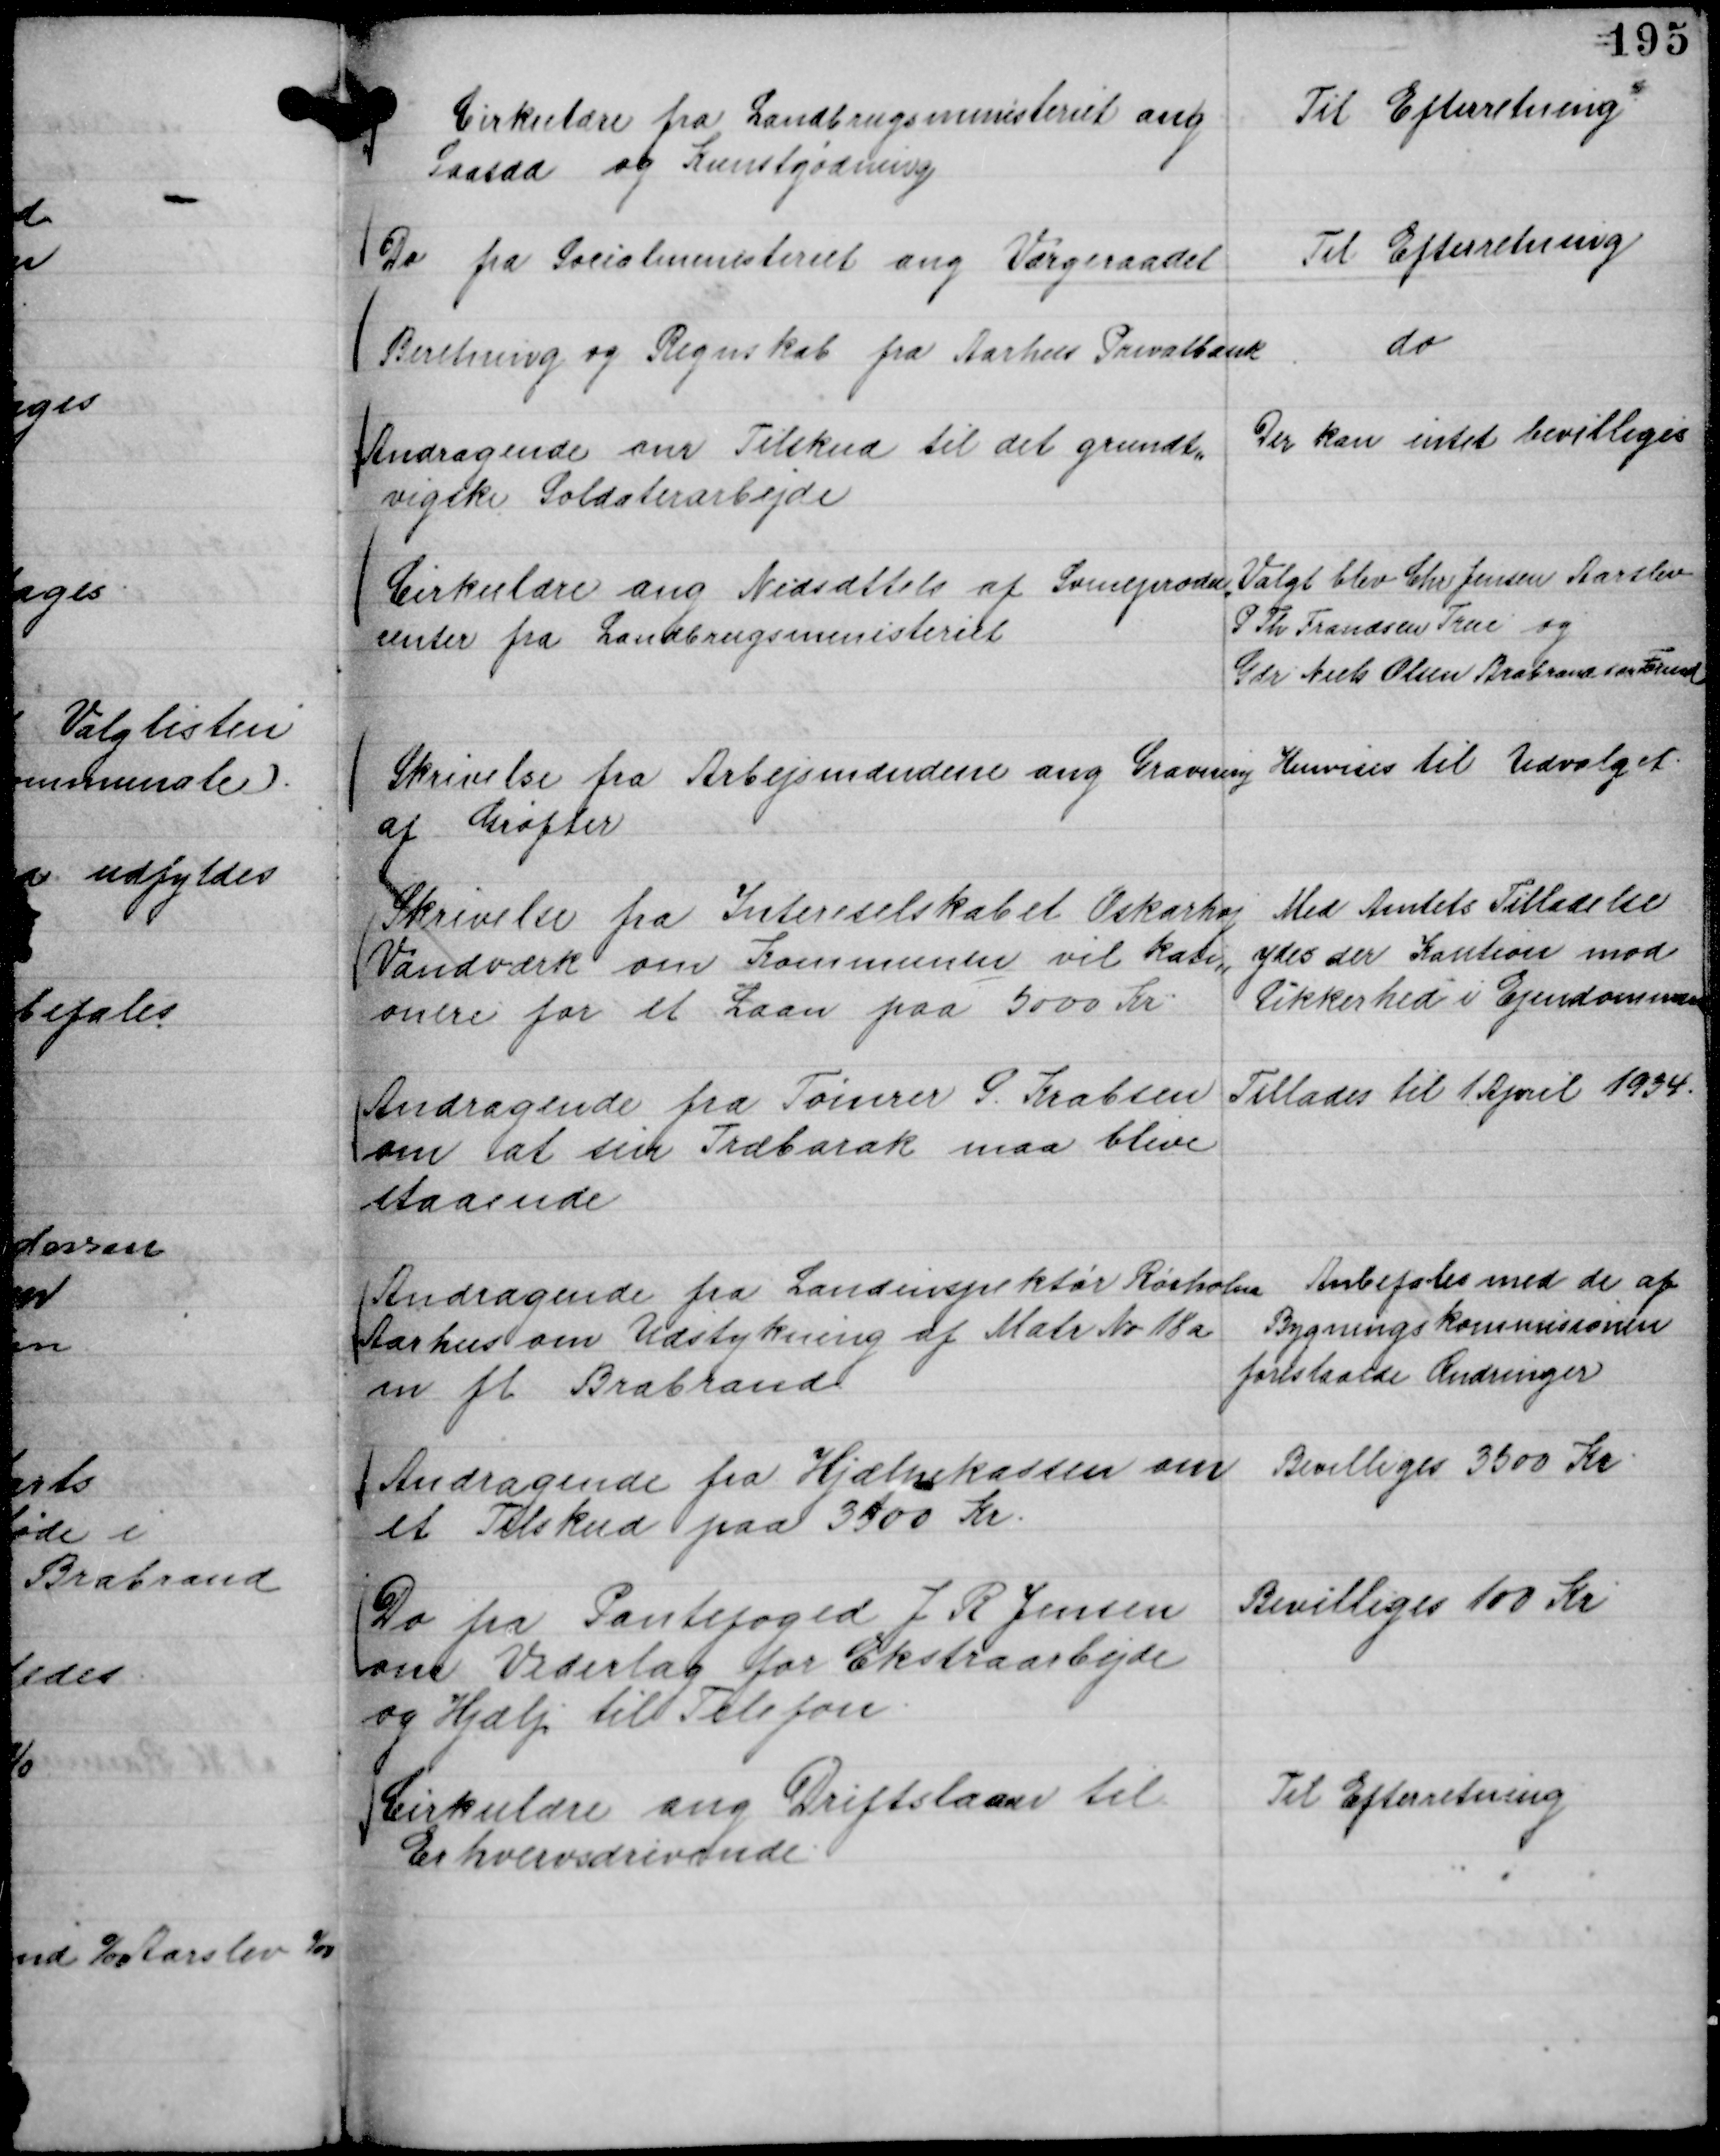
Transskription:
Cirkulære fra Landbrugsministeriet ang
Saasæd og Kunstgødning

Til Efterretning

Do fra Socialministeriet ang Værgeraadet

Til Efterretning

Beretning og Regnskab fra Aarhus Privatbank

do

Andragende om Tilskud til det grundt,,
vigske Soldaterarbejde

Der kan intet bevilliges

Cirkulære ang Nedsættelse af Svineprodu,,
center fra Landbrugsministeriet

Valgt blev Chr Jensen Aarslev
P Th Frandsen True og
Gdr Niels Olsen Brabrand som Forud

Skrivelse fra Arbejsmændene ang Gravning
af Grøfter

Henvises til Udvalget.

Skrivelse fra Intereselskabet Oskarhøj
Vandværk om Kommunen vil kasi,,
onere for et Laan paa 5000 Kr.

Med Amtets Tilladelse
ydes der Kaution mod
Sikkerhed i Ejendommen

Andragende fra Tømrer S. Krabsen
om at sin Træbarak maa blive
staaende

Tillades til 1 April 1934.

Andragende fra Landinspektør Rørholm
Aarhus om Udstykning af Matr No 18 a
m fl Brabrand

Anbefales med de af
Bygningskommisionen
foreslaaede Ændringer

Andragende fra Hjælpekassen om
et Tilskud paa 3500 Kr.

Bevilliges 3500 Kr.

Do fra Pantefoged J R Jensen
om Vederlag for Ekstraarbejde
og Hjælp til Telefon.

Bevilliges 100 Kr

Cirkulære ang Driftslaan til
Erhvervsdrivende.

Til Efterretning